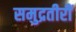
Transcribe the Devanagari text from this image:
समुद्रतीरीं